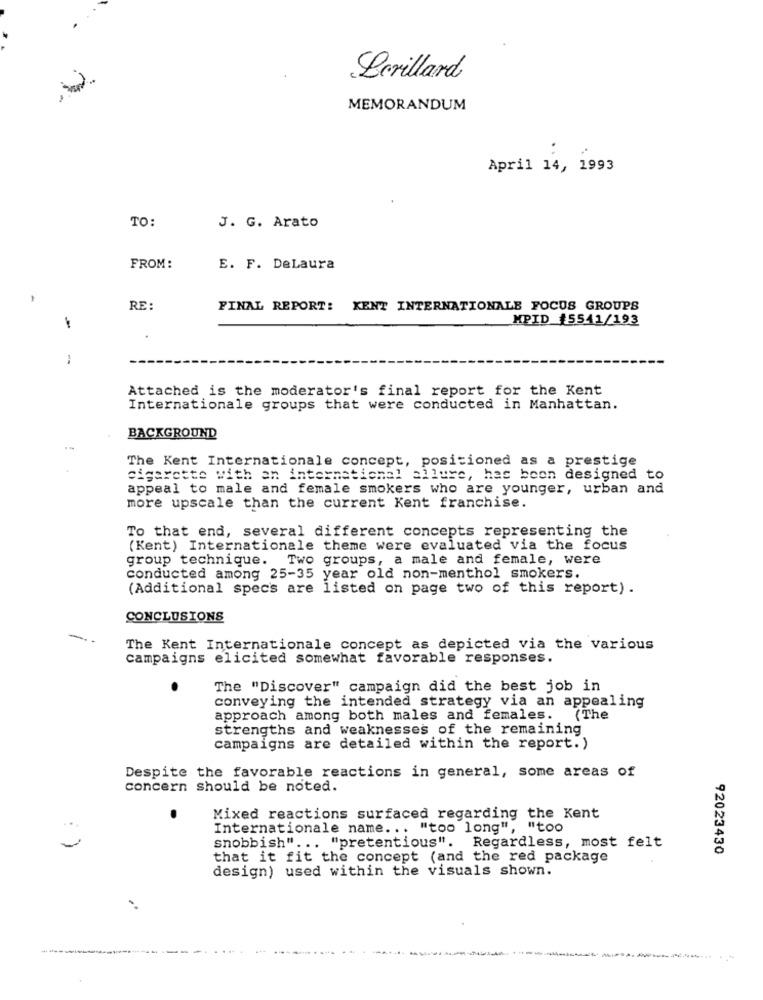
Lerillard
MEMORANDUM
April 14, 1993
TO:
J. G. Arato
FROM:
E. F. DeLaura
RE:
FINAL REPORT: KENT INTERNATIONALE FOCUS GROUPS
MPID #5541/193
-
Attached is the moderator's final report for the Kent
Internationale groups that were conducted in Manhattan.
BACKGROUND
The Kent Internationale concept, positioned as a prestige
cigarette with an international allure, has been designed to
appeal to male and female smokers who are younger, urban and
more upscale than the current Kent franchise.
To that end, several different concepts representing the
(Kent) Internationale theme were evaluated via the focus
group technique. Two groups, a male and female, were
conducted among 25-35 year old non-menthol smokers.
(Additional specs are listed on page two of this report) .
CONCLUSIONS
The Kent Internationale concept as depicted via the various
campaigns elicited somewhat favorable responses.
The "Discover" campaign did the best job in
conveying the intended strategy via an appealing
approach among both males and females.
(The
strengths and weaknesses of the remaining
campaigns are detailed within the report.)
Despite the favorable reactions in general, some areas of
concern should be noted.
Mixed reactions surfaced regarding the Kent
Internationale name ... "too long", "too
"pretentious". Regardless, most felt
snobbish" ..
92023430
that it fit the concept (and the red package
design) used within the visuals shown.
-
----